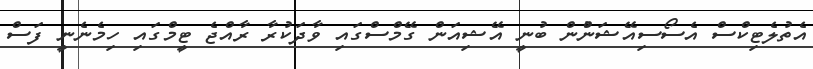
އެތުލެޓިކްސް އެސޯސިއޭޝަންުން ބުނީ އޭޝިއަން ގޭމްސްގައި ވާދަކުރާ ރާއްޖެ ޓީމްގައި ހިމެނެނީ ފަސް